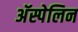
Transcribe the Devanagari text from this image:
अॅस्पेलिन